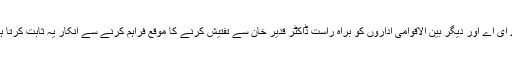
تاہم اُن کا کہنا ہے کہ یہ کافی نہیں ہے اور پاکستانی حکومت کا آئی اے ای اے اور دیگر بین الاقوامی اداروں کو براہ راست ڈاکٹر قدیر خان سے تفتیش کرنے کا موقع فراہم کرنے سے انکار یہ ثابت کرتا ہے کہ کچھ ایسی باتیں ضرور ہیں جو پاکستان دنیا سے چھپانا چاہتا ہے۔